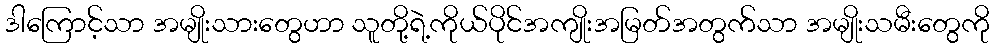
ဒါကြောင့်သာ အမျိုးသားတွေဟာ သူတို့ရဲ့ကိုယ်ပိုင်အကျိုးအမြတ်အတွက်သာ အမျိုးသမီးတွေကို